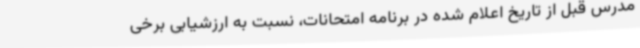
مدرس قبل از تاریخ اعلام شده در برنامه امتحانات، نسبت به ارزشیابی برخی